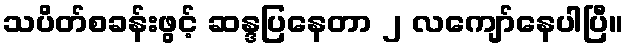
သပိတ်စခန်းဖွင့် ဆန္ဒပြနေတာ ၂ လကျော်နေပါပြီ။